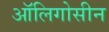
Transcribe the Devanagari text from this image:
ऑलिगोसीन